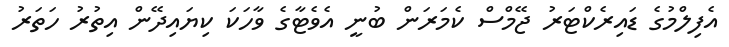
އެފިލްމުގެ ޑައިރެކްޓަރު ޖޭމްސް ކެމަރަން ބުނީ އެވެޓާގެ ވާހަކަ ކިޔައިދޭން އިތުރު ހަތަރު